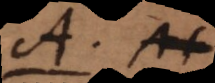
A. At